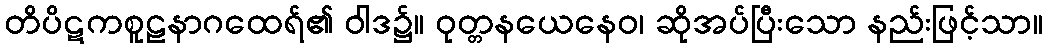
တိပိဋကစူဠနာဂထေရ်၏ ဝါဒ၌။ ဝုတ္တနယေနေဝ၊ ဆိုအပ်ပြီးသော နည်းဖြင့်သာ။